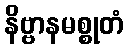
နိဗ္ဗာနမစ္စုတံ